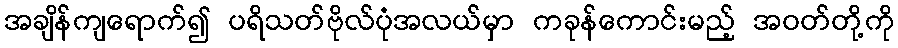
အချိန်ကျရောက်၍ ပရိသတ်ဗိုလ်ပုံအလယ်မှာ ကခုန်ကောင်းမည့် အဝတ်တို့ကို